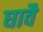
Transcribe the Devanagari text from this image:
घावै